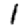
Digit: 1